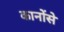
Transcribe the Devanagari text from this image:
कानोंसे